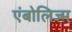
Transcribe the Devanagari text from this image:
एंबोलिज्म